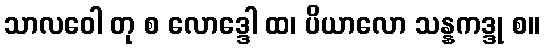
သာလဝေါ တု စ လောဒ္ဒေါ ထ၊ ပိယာလော သန္နကဒ္ဒု စ။